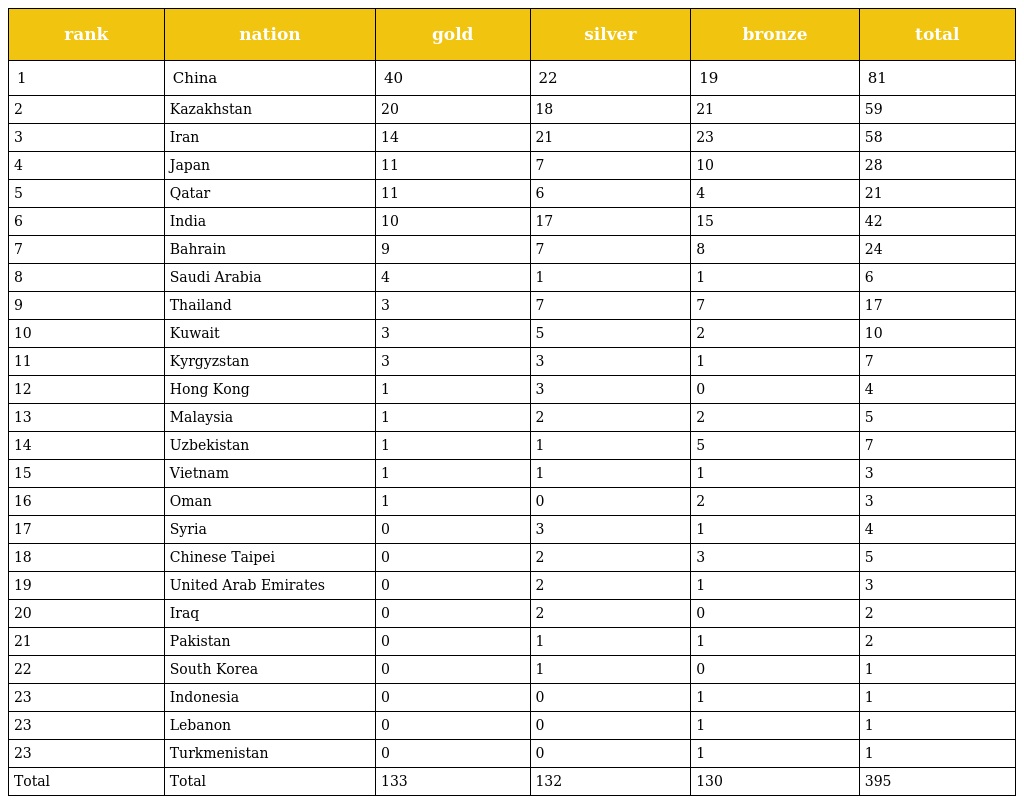
| rank | nation | gold | silver | bronze | total |
 | --- | --- | --- | --- | --- | --- |
 | 1 | China | 40 | 22 | 19 | 81 |
 | 2 | Kazakhstan | 20 | 18 | 21 | 59 |
 | 3 | Iran | 14 | 21 | 23 | 58 |
 | 4 | Japan | 11 | 7 | 10 | 28 |
 | 5 | Qatar | 11 | 6 | 4 | 21 |
 | 6 | India | 10 | 17 | 15 | 42 |
 | 7 | Bahrain | 9 | 7 | 8 | 24 |
 | 8 | Saudi Arabia | 4 | 1 | 1 | 6 |
 | 9 | Thailand | 3 | 7 | 7 | 17 |
 | 10 | Kuwait | 3 | 5 | 2 | 10 |
 | 11 | Kyrgyzstan | 3 | 3 | 1 | 7 |
 | 12 | Hong Kong | 1 | 3 | 0 | 4 |
 | 13 | Malaysia | 1 | 2 | 2 | 5 |
 | 14 | Uzbekistan | 1 | 1 | 5 | 7 |
 | 15 | Vietnam | 1 | 1 | 1 | 3 |
 | 16 | Oman | 1 | 0 | 2 | 3 |
 | 17 | Syria | 0 | 3 | 1 | 4 |
 | 18 | Chinese Taipei | 0 | 2 | 3 | 5 |
 | 19 | United Arab Emirates | 0 | 2 | 1 | 3 |
 | 20 | Iraq | 0 | 2 | 0 | 2 |
 | 21 | Pakistan | 0 | 1 | 1 | 2 |
 | 22 | South Korea | 0 | 1 | 0 | 1 |
 | 23 | Indonesia | 0 | 0 | 1 | 1 |
 | 23 | Lebanon | 0 | 0 | 1 | 1 |
 | 23 | Turkmenistan | 0 | 0 | 1 | 1 |
 | Total | Total | 133 | 132 | 130 | 395 |